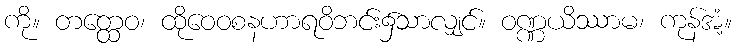
ကို။ တတ္ထေဝ၊ ထိုဝေဝစနဟာရဝိဘင်း၌သာလျှင်။ ဝဏ္ဏယိဿာမ၊ ကုန်အံ့။